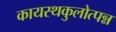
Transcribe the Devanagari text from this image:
कायस्थकुलोत्पन्न